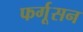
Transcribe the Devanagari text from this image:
फर्गूसन